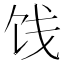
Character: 饯